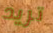
تريد